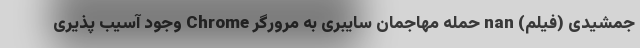
جمشیدی (فیلم) nan حمله مهاجمان سایبری به مرورگر Chrome وجود آسیب پذیری